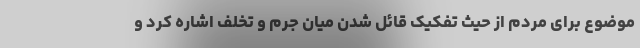
موضوع برای مردم از حیث تفکیک قائل شدن میان جرم و تخلف اشاره کرد و